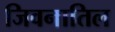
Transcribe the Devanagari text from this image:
जिवनातिल